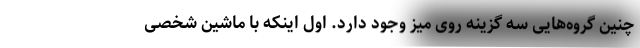
چنین گروه‌هایی سه گزینه روی میز وجود دارد. اول اینکه با ماشین شخصی